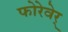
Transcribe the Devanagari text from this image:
फोरेवेर्